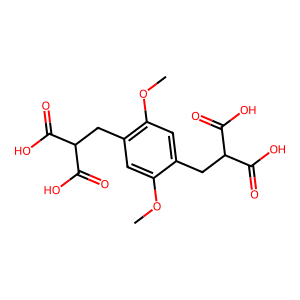
SMILES: COc1cc(CC(C(=O)O)C(=O)O)c(OC)cc1CC(C(=O)O)C(=O)O
Inhibits HIV replication: No